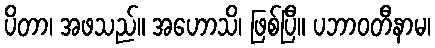
ပိတာ၊ အဖသည်။ အဟောသိ၊ ဖြစ်ပြီ။ ပဘာဝတီနာမ၊